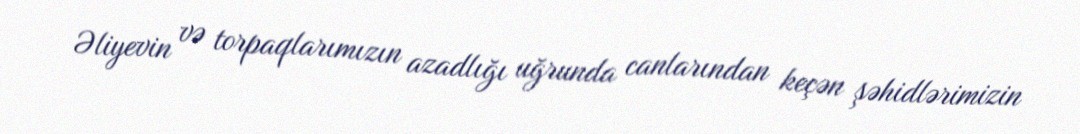
Əliyevin və torpaqlarımızın azadlığı uğrunda canlarından keçən şəhidlərimizin